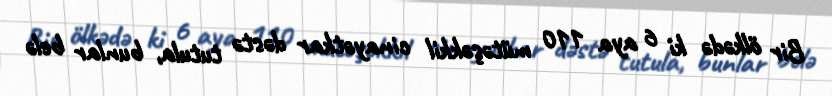
Bir ölkədə ki 6 aya 110 mütəşəkkil cinayətkar dəstə tutula, bunlar belə